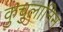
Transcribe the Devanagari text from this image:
कुचुलानिन